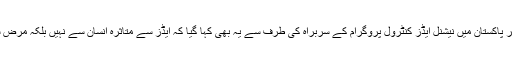
عالمی دن کے موقع پر پاکستان میں نیشنل ایڈز کنٹرول پروگرام کے سربراہ کی طرف سے یہ بھی کہا گیا کہ ایڈز سے متاثرہ انسان سے نہیں بلکہ مرض سے نفرت کی جائے۔